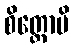
စိတ္တောပိ